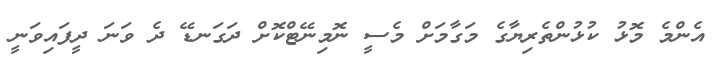
އެންމެ މޮޅު ކުޅުންތެރިޔާގެ މަގާމަށް މެސީ ނޮމިނޭޓްކޮށް ދަގަނޑޭ ދެ ވަނަ ދީފައިވަނީ